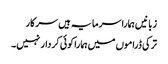
زبانیں ہمارا سرمایہ ہیں سرکار
ترکی ڈراموں میں ہمارا کوئی کردار نہیں۔